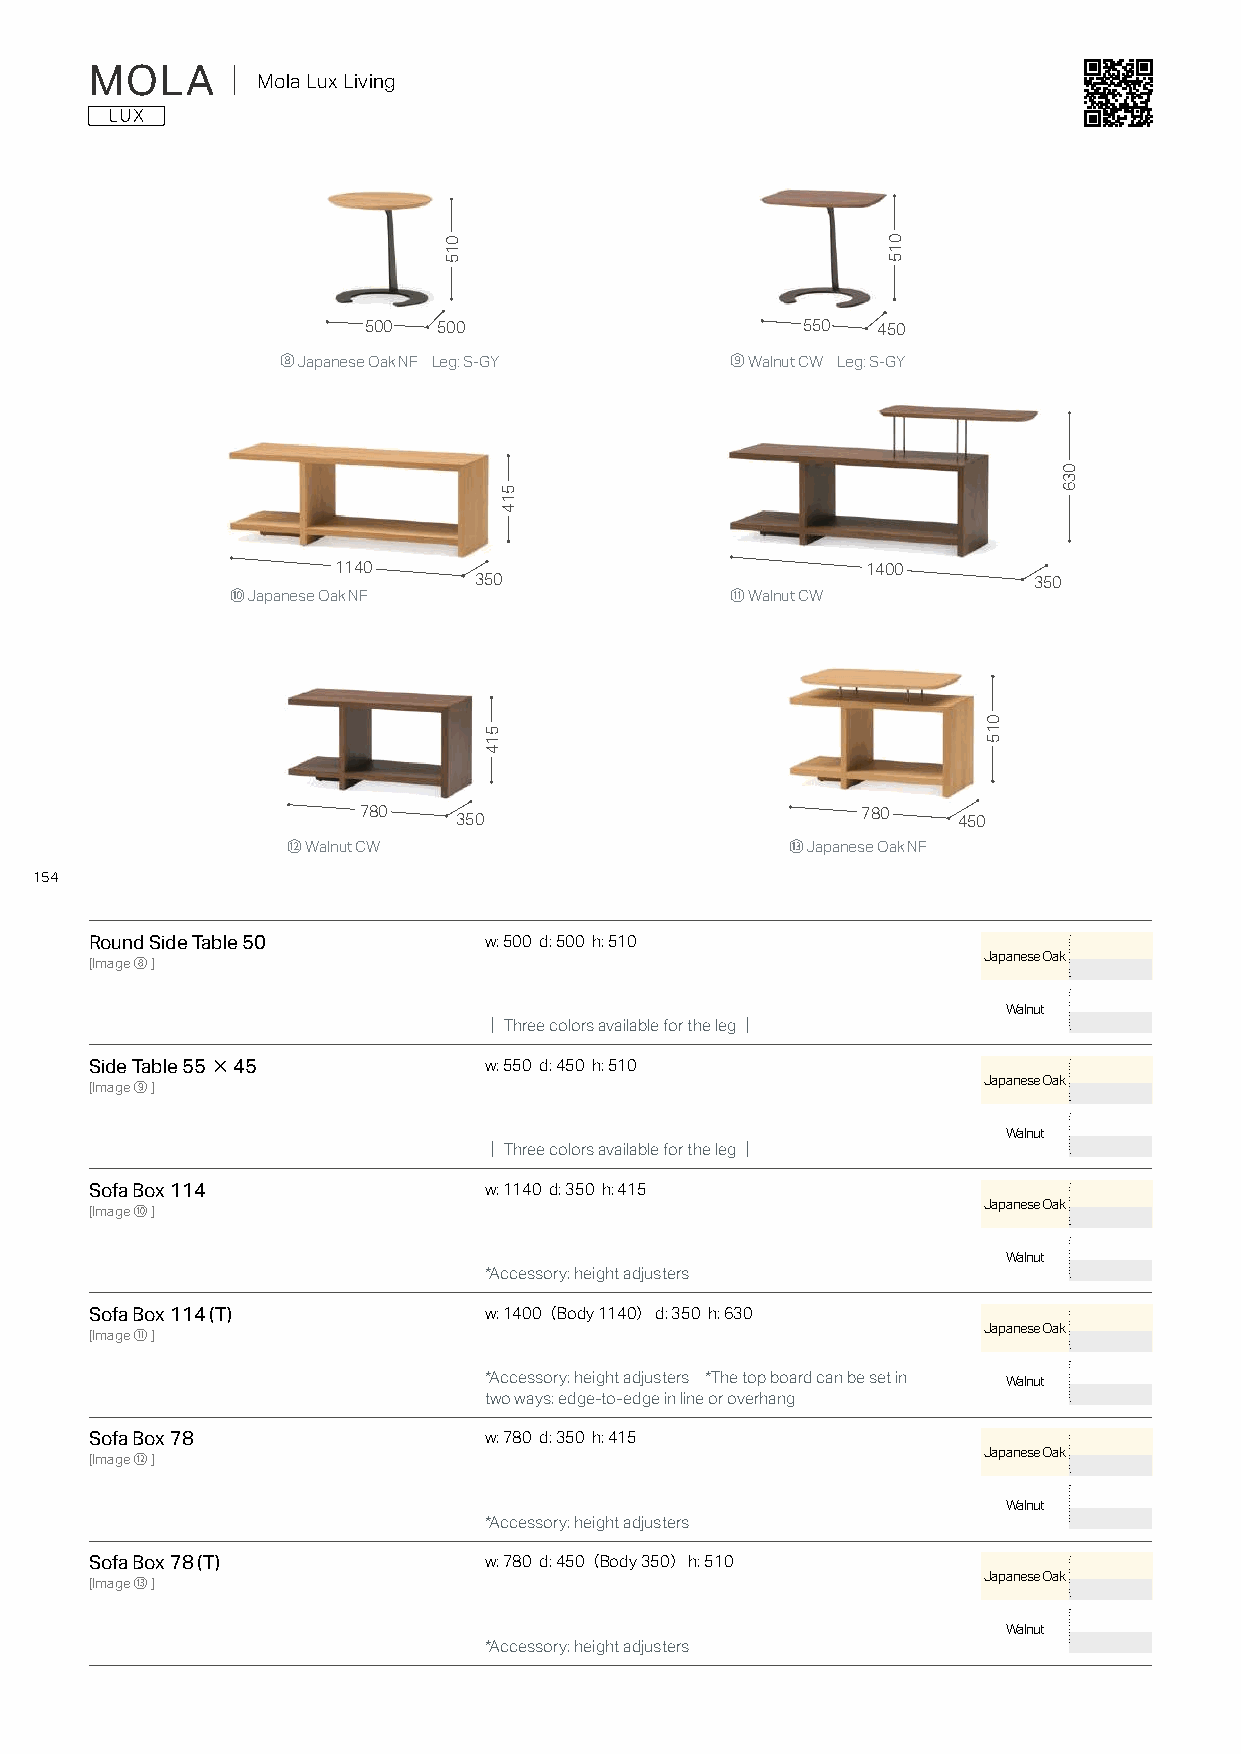
MOLA     ｜ Mola Lux Living
 500  500                     550  450
 ⑧ Japanese Oak NF Leg: S-GY  ⑨ Walnut CW Leg: S-GY
 1140                               1400
 350                                  350
 ⑩ Japanese Oak NF                ⑪ Walnut CW
 780   350                        780   450
 ⑫ Walnut CW                      ⑬ Japanese Oak NF
 154
 Round Side Table 50       w: 500 d: 500 h: 510
 Japanese Oak
 [Image⑧]
 Walnut
 ｜Three colors available for the leg｜
 Side Table 55×45          w: 550 d: 450 h: 510
 Japanese Oak
 [Image⑨]
 Walnut
 ｜Three colors available for the leg｜
 Sofa Box 114              w: 1140 d: 350 h: 415
 Japanese Oak
 [Image⑩]
 Walnut
 *Accessory: height adjusters
 Sofa Box 114 (T)          w: 1400（ Body 1140） d: 350 h: 630
 Japanese Oak
 [Image⑪]
 *Accessory: height adjusters *The top board can be set in Walnut
 two ways: edge-to-edge in line or overhang
 Sofa Box 78               w: 780 d: 350 h: 415
 Japanese Oak
 [Image⑫]
 Walnut
 *Accessory: height adjusters
 Sofa Box 78 (T)           w: 780 d: 450（ Body 350） h: 510
 Japanese Oak
 [Image⑬]
 Walnut
 *Accessory: height adjusters
 015
 514
 514
 015
 015
 036